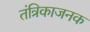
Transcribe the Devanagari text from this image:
तंत्रिकाजनक